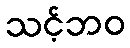
သင့်ဘဝ